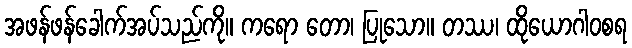
အဖန်ဖန်ခေါက်အပ်သည်ကို။ ကရော တော၊ ပြုသော။ တဿ၊ ထိုယောဂါဝစရ